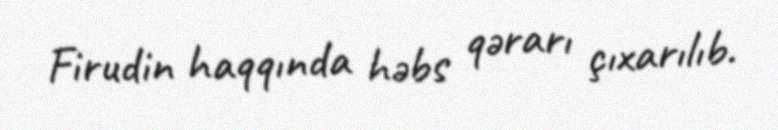
Firudin haqqında həbs qərarı çıxarılıb.